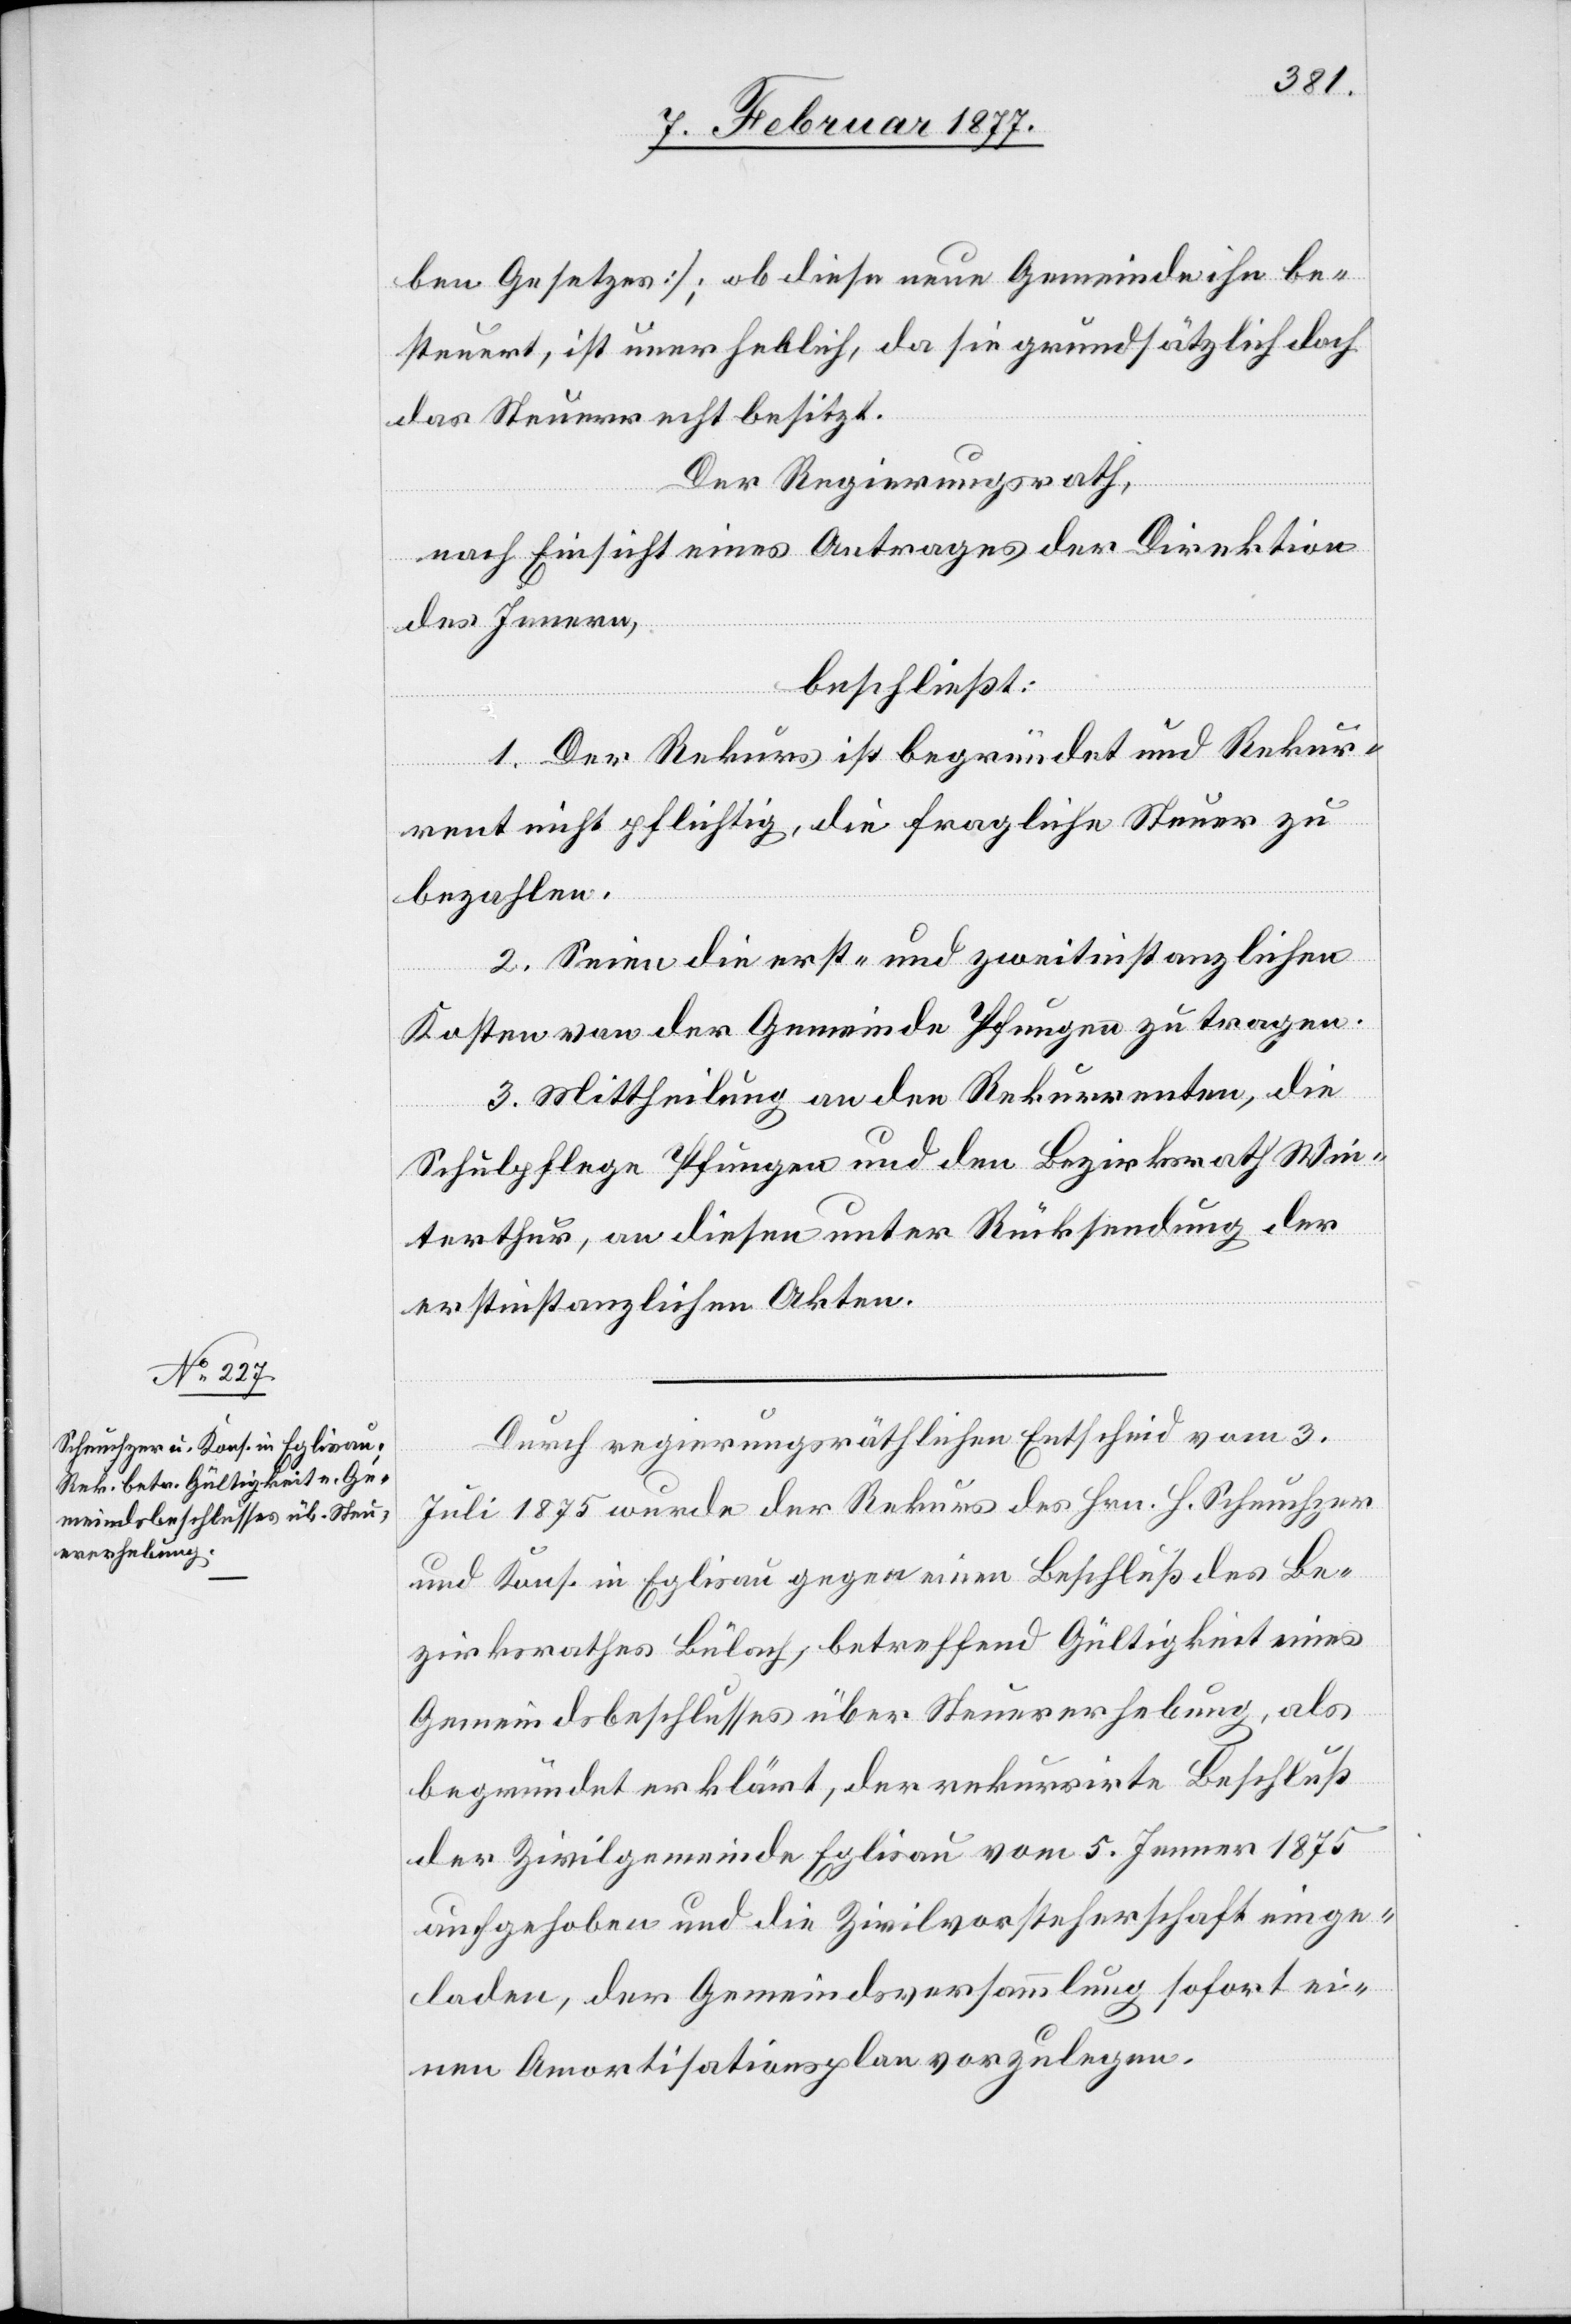
ben Gesetzes]; ob diese neue Gemeinde ihn be¬
steuert ist unerheblich, da sie grundsätzlich doch
das Steuerrecht besitzt.
Der Regierungsrath,
nach Einsicht eines Antrages der Direktion
des Innern,
beschließt:
1. Der Rekurs ist begründet und Rekur¬
rent nicht pflichtig, die fragliche Steuer zu
bezahlen.
2. Seien die erst- und zweitinstanzlichen
Kosten von der Gemeinde Pfungen zu tragen.
3. Mittheilung an den Rekurrenten, die
Schulpflege Pfungen und den Bezirksrath Win¬
terthur, an diesen unter Rücksendung der
erstinstanzlichen Akten.
Durch regierungsräthlichen Entscheid vom 3.
Juli 1875 wurde der Rekurs des Hrn. H. Scheuchzer
und Kons. in Eglisau gegen einen Beschluß des Be¬
zirksrathes Bülach, betreffend Gültigkeit eines
Gemeindsbeschlusses über Steuererhebung, als
begründet erklärt, der rekurrirte Beschluß
der Zivilgemeinde Eglisau vom 5. Jenner 1875
aufgehoben und die Zivilvorsteherschaft einge¬
laden, der Gemeindsversammlung sofort ei¬
nen Amortisationsplan vorzulegen.